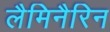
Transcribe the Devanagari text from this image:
लैमिनैरिन